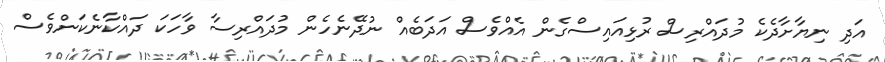
އަދި ނިޔާށާދެކެ މުދައްރިސް ރުޅިއައިސްގެން އެއްވެސް އަދަބެއް ނުދޭނެހެން މުދައްރިސާ ވާހަކަ ދައްކާނެކަންވެސް